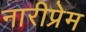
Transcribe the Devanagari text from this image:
नारीप्रेम